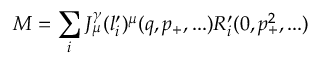
{ \cal M } = \sum _ { i } J _ { \mu } ^ { \gamma } ( l _ { i } ^ { \prime } ) ^ { \mu } ( q , p _ { + } , . . . ) R _ { i } ^ { \prime } ( 0 , p _ { + } ^ { 2 } , . . . )